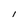
Character: 1